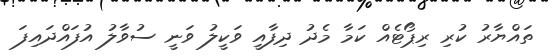
ތައްޔާރު ކުރި ރިޕޯޓެއް ކަމާ މެދު ދިފާއީ ވަކީލު ވަނީ ސުވާލު އުފައްދައިފަ